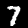
Label: 7